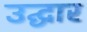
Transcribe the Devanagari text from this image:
उद्घार